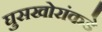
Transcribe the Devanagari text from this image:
घुसखोरांकडे